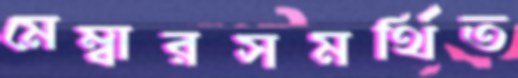
মেম্বারসমর্থিত